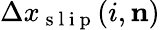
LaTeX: \Delta x_{\mathrm{~s~l~i~p~}}(i,\mathbf{n})